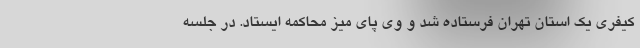
کیفری یک استان تهران فرستاده شد و وی پای میز محاکمه ایستاد. در جلسه